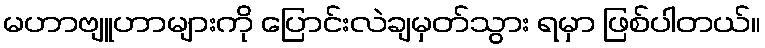
မဟာဗျူဟာများကို ပြောင်းလဲချမှတ်သွား ရမှာ ဖြစ်ပါတယ်။